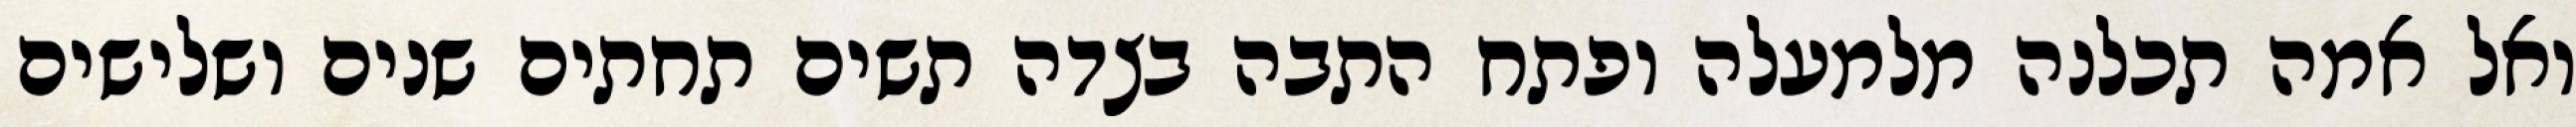
ואל אמה תכלנה מלמעלה ופתח התבה בצדה תשים תחתים שנים ושלישים